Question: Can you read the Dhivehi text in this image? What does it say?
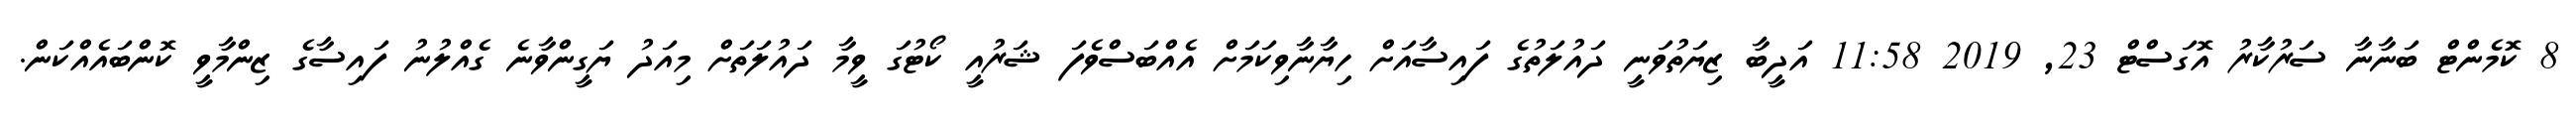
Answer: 8 ކޮމެންޓް ބަނާނާ ސަރުކާރު އޮގަސްޓް 23, 2019 11:58 އަދީބާ ޒިޔަތުވަނީ ދައުލަތުގެ ފައިސާއަށް ހިޔާނާވިކަމަށް އެއްބަސްވެފަ ޝަރުއީ ކޯޓުގަ ވީމާ ދައުލަތަށް މިއަދު ޔަގީންވާނެ ގެއްލުނު ފައިސާގެ ޒިންމާވީ ކޮންބައެއްކަން.